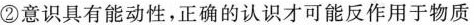
②意识具有能动性，正确的认识才可能反作用于物质